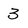
Character: 3